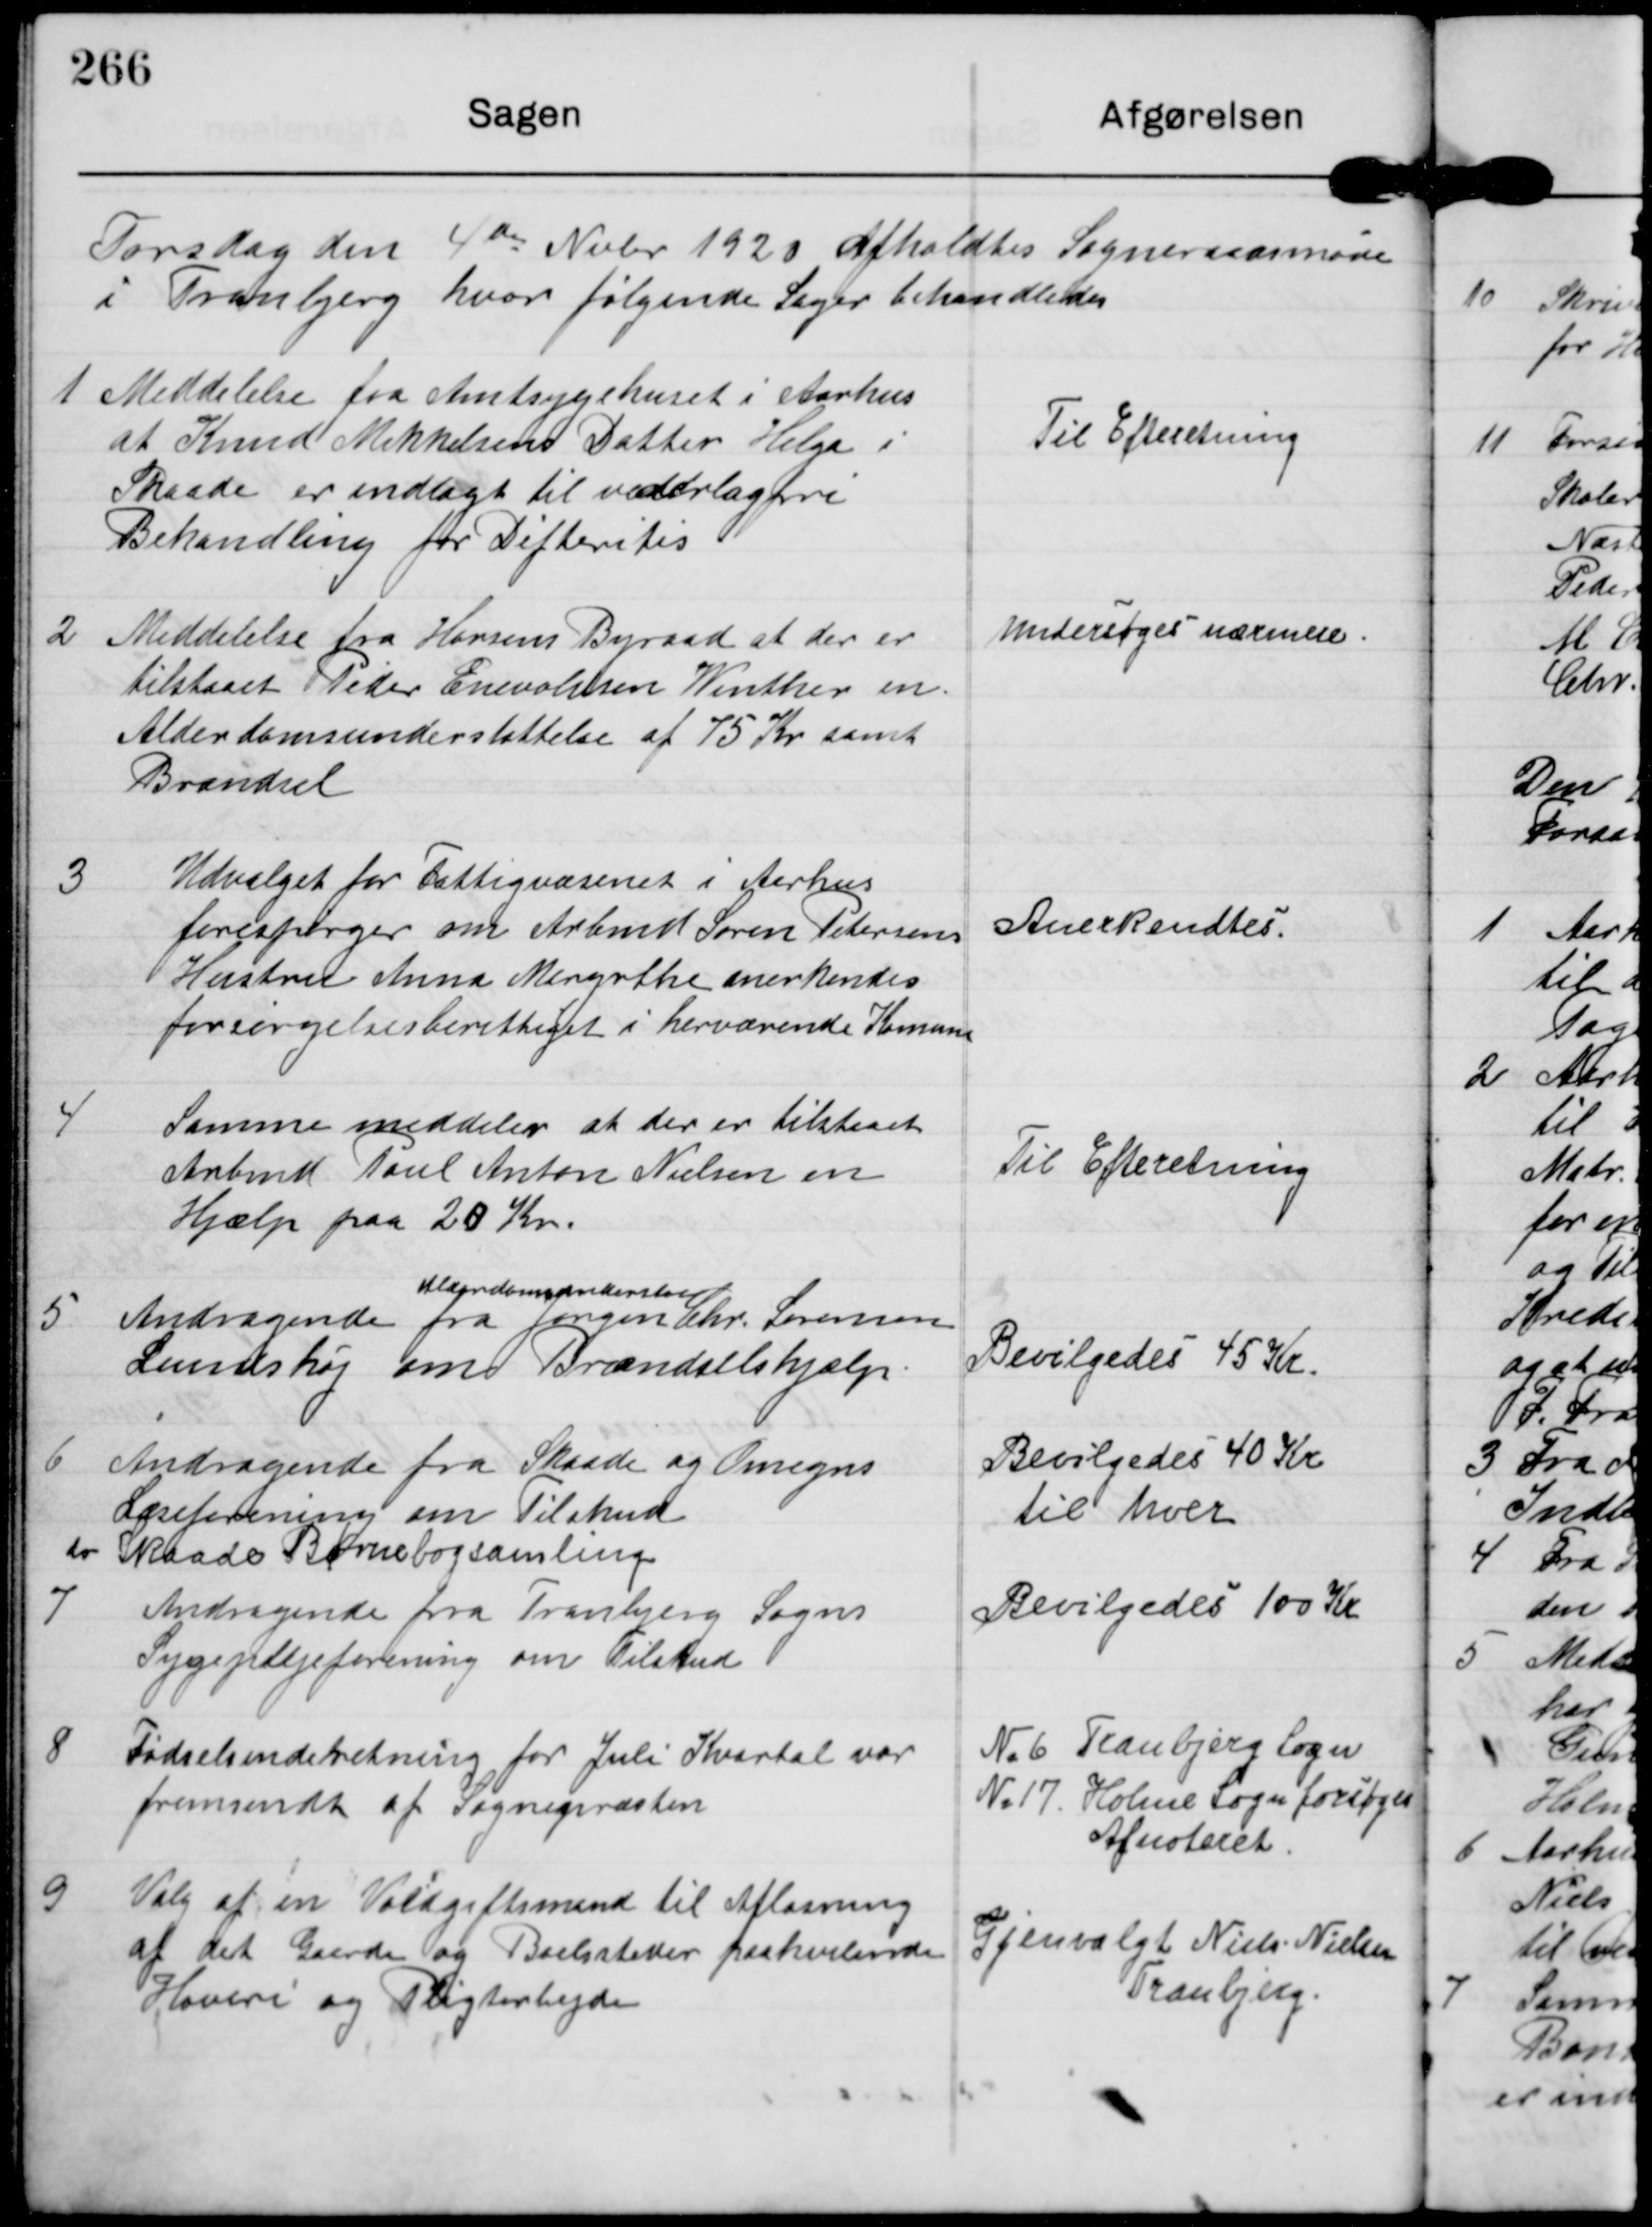
Transskription:
Torsdag den 4de Nobr 1920 afholdtes Sogneraadsmøde
i Tranbjerg hvor følgende Sager behandledes

1

Meddelelse fra Amtsygehuset i Aarhus
at Knud Mikkelsens Datter Helga i
Skaade er indlagt til vederlagfri
Behandling for Difteritis

Til Efteretning.

2

Meddelelse fra Horsens Byraad at der er
tilstaaet Peder Enevoldsen Winther en
Alderdomsunderstøttelse af 75 Kr samt
Brændsel

Undersøges nærmere

3

Udvalget for Fattigvæsenet i Aarhus
forespørger om Arbmd Søren Petersens
Hustru Anna Margrthe anerkendes
forsørgelsesberettiget i herværende Komune

Anerkendtes.

4

Samme meddeler at der er tilstaaet
Arbmd Poul Anton Nielsen en
Hjælp paa 20 Kr.

Til Efteretning.

5

Alderdoms..?
Andragende fra Jørgen Chr. Sørensen
Lundshøj omd Brændselshjælp.

Bevilgedes 45 Kr

6

Andragende fra Skaade og Omegns
Læseforening om Tilskud
to Skaade Børnebogsamling

Bevilgedes 40 Kr
til hver

7

Andragende fra Tranbjerg Sogns
Sygeplejeforening om Tilskud

Bevilgedes 100 Kr.

8

Fødselsunderetning for Juli Kvartal var
fremsendt af Sognepræsten

N.6 Tranbjerg Sogn
N.17. Holme Sogn forsøges
Afnoteret.

9

Valg af en Voldgiftsmand til Afløsning
af det Gaarde og Boelssteder paahvilende
Hoveri og Pligtarbejde

Gjenvalgt Niels Nielsen
Tranbjerg.